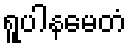
ရူပါနမေတံ